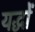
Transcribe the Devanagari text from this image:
यद्धों